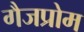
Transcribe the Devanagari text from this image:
गैजप्रोम